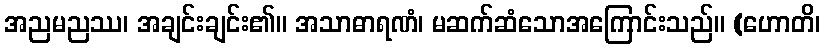
အညမညဿ၊ အချင်းချင်း၏။ အသာဓာရဏံ၊ မဆက်ဆံသောအကြောင်းသည်။ (ဟောတိ၊